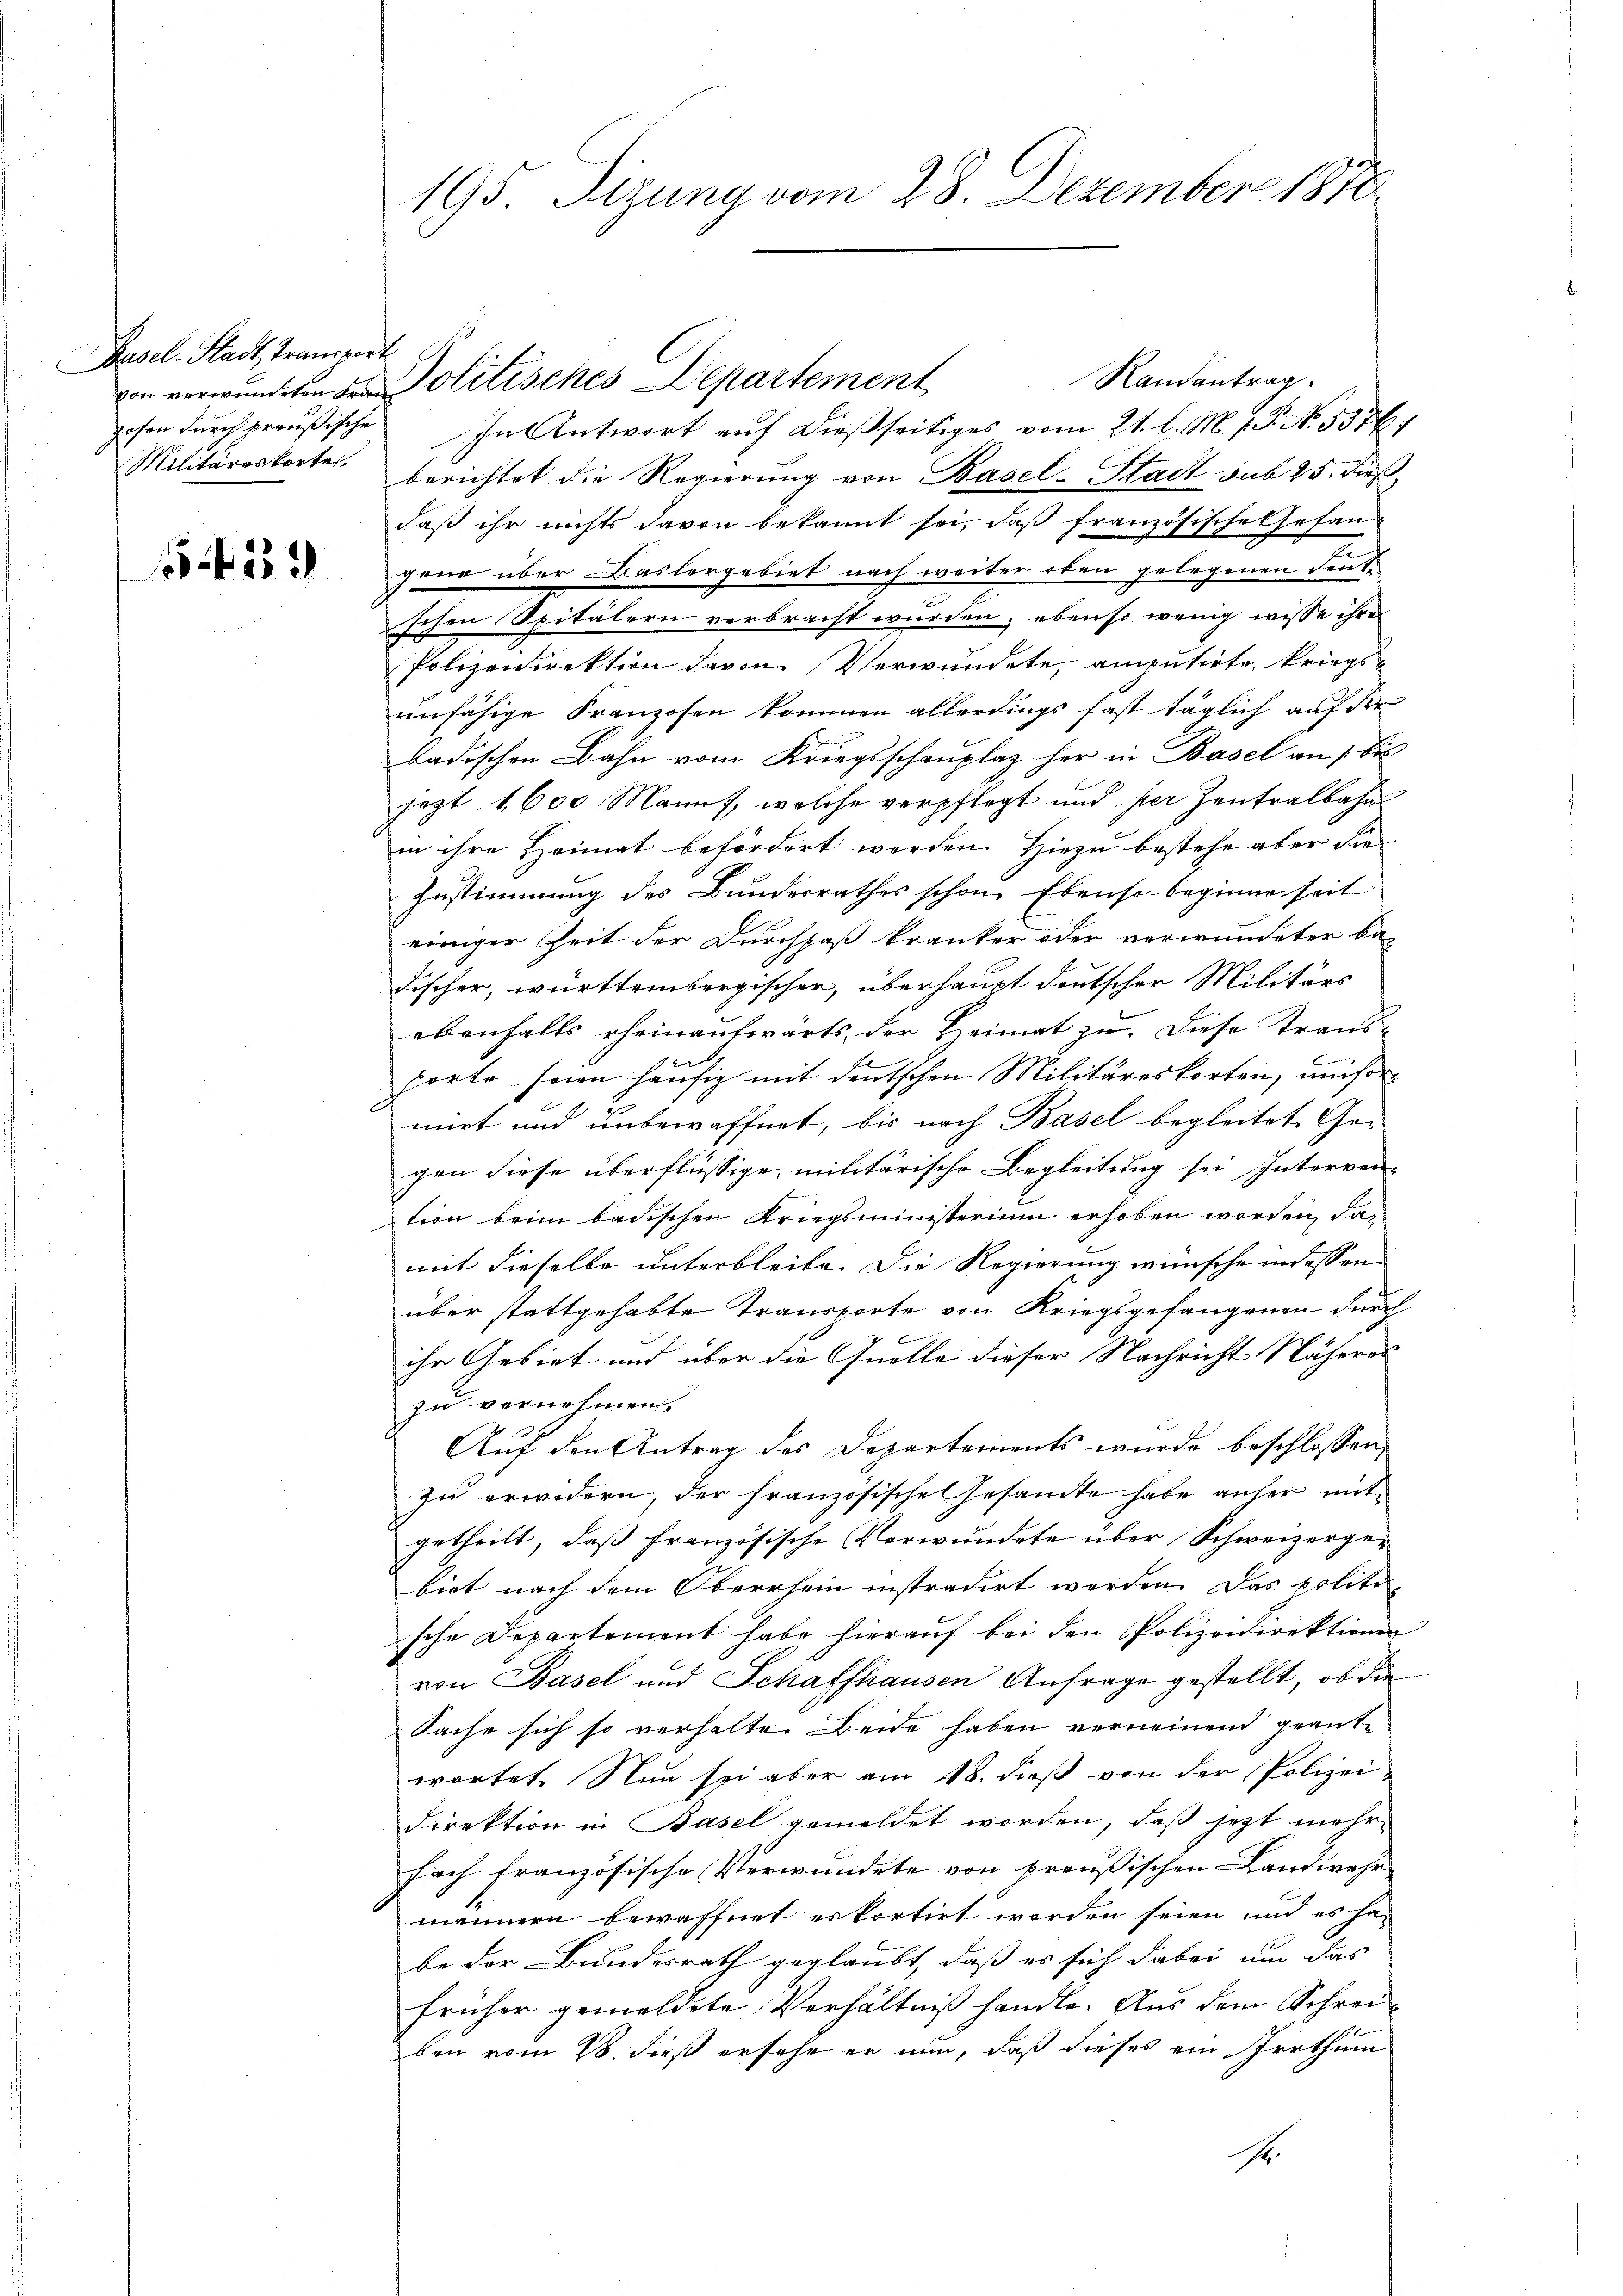
Basel-Stadt, Transport
Militäreskorte.

5459

Randantrag.
gehen dŭrch preußische In Antwort aŭf dießseitiges vom 21. l. M. J. P. No. 5576.
berichtet die Regierŭng von Basel-Stadt sub 25. dieß,
daß ihr nichts davon bekannt sei, daß französische Gesan-
jene über Baslergebiet nach weiter oben gelegenen Fentschen Spitälern verbracht wurden, ebenso wenig wisse ihre
Polizeidirektion davon Verwundete, amputirte, kriegsunfähige Franzosen kommen allerdings fast täglich auf der
badischen Bahn vom Kriegsschauplaz her in Basel an 1 bis
jezt 1,600 Manns, welche verpflegt und per Zentralbahn
in ihre Heimat befördert werden. Hiezu bestehe aber die
Zustimmung des Bundesrathes schon Ebenso beginnenseit
einiger heit der Durchpaß kranker oder verwundeter be-
Fischer, württembergischer, überhaupt deutscher Militärs
ebenfalls eheinaufwärts, der Heimat zu. Diese Trans-
porte seien häufig mit deutschen Militäreskorten, umsormirt und unbewaffnet, bis nach Basel begleitet Gegen diese überflüssige militärische Begleitung sei Interven-
tion beim badischen Kriegsministerium erhoben worden, damit dieselbe unterbleibe. Die Regierung wünsche in dessen
über stattgehabte Transporte von Kriegsgefangenen durch
ihr Gebiet und über die Quelle dieser Nachricht Näheres
zu vernehmen.
Auf den Antrag des Departements wurde beschlossen,
zu erwidern, der französische Gesandte habe anher mitgetheilt, daß französische Verwundete über Schweizergebiet nach dem Obersein instradirt werden. Das politische Departement habe hierauf bei den Polizeidirektionen
von Basel und Schaffhausen Anfrage gestellt, ob die
Sache sich so verhalten Beide haben verneinend geantwortet. Nun sei aber am 18. dieß von der Polizei-
Direktion in Basel gemeldet worden, daß jetzt mehr¬
Fach französische Verwundete von preußischen Landwehr
männern bewaffnet erkortirt worden seien und es ha
be der Bundesrath geglaubt, daß es sich dabei um das
früher gemeldete Verhältniß handle. Aus dem Schreiben vom 28. dieß ersehe er nun, daß dieses ein Irrthum
r.

195. Sizung vom 28. Dezember 1870

von verwundeten der Politisches Departement